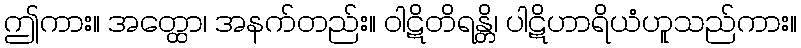
ဤကား။ အတ္ထော၊ အနက်တည်း။ ဝါဋိတိရန္တိ၊ ပါဋိဟာရိယံဟူသည်ကား။